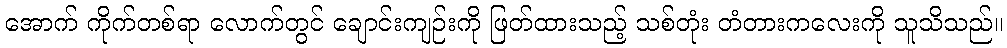
အောက် ကိုက်တစ်ရာ လောက်တွင် ချောင်းကျဉ်းကို ဖြတ်ထားသည့် သစ်တုံး တံတားကလေးကို သူသိသည်။